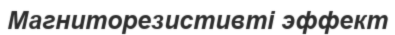
Магниторезистивті эффект